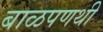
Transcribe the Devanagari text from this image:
बाळपणथी